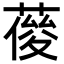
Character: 𦹿